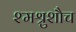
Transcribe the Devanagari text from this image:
श्मश्रुशौच